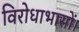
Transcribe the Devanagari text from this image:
विरोधाभासों।